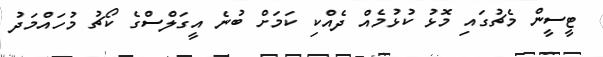
ޓީސީން މެޗުގައި މޮޅު ކުޅުމެއް ދެއްކި ކަމަށް ބުނެ އީގަލްސްގެ ކޯޗު މުހައްމަދު